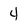
Character: 4